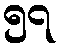
၅၇